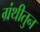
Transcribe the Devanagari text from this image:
ग्रंथीतुन